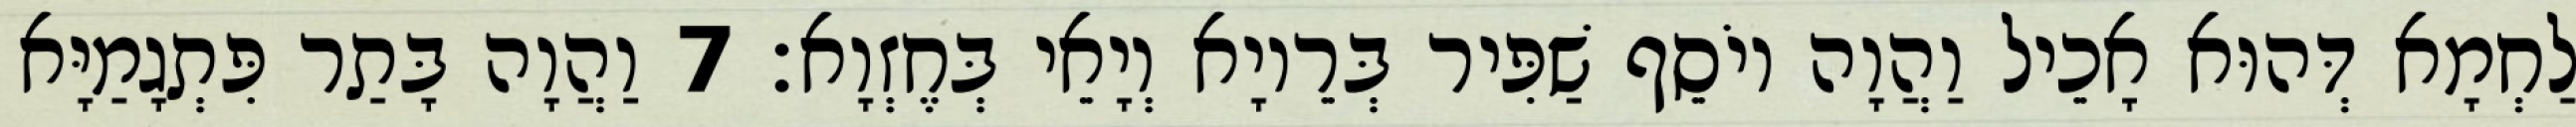
לַחְמָא דְּהוּא אָכֵיל וַהֲוָה יוֹסֵף שַׁפִּיר בְּרֵיוָא וְיָאֵי בְּחֶזְוָא׃ 7 וַהֲוָה בָּתַר פִּתְגָמַיָּא